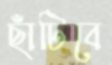
ছাঁটিবে